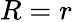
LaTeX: R=r